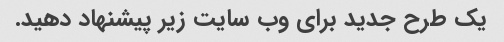
یک طرح جدید برای وب سایت زیر پیشنهاد دهید.